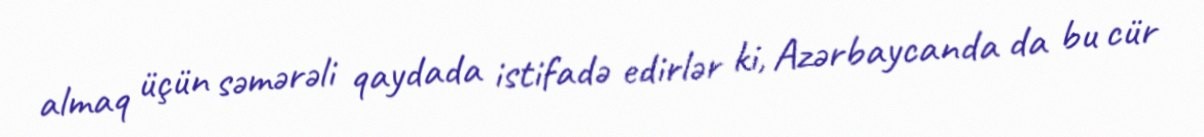
almaq üçün səmərəli qaydada istifadə edirlər ki, Azərbaycanda da bu cür